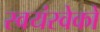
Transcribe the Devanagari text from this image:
स्वयंस्वेकों